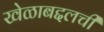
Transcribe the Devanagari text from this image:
खेळाबद्दलची